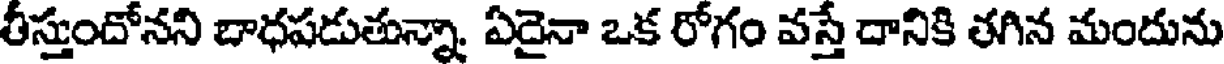
తీస్తుందోనని బాధపడుతున్నా, ఏదైనా ఒక రోగం వస్తే దానికి తగిన మందును